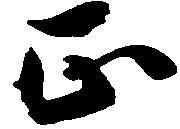
正